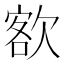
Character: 𣣟